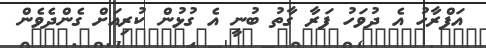
އަފްރާހު އެ ދުވަހު ފަރާ ގާތު ބުނީ އެ ގުޅުން ކުރިއަށް ގެންދެވެން